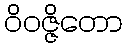
ဝိဝဇ္ဇိတော